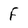
Character: F